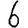
Digit: 6